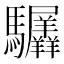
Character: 𬳲